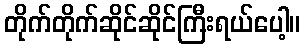
တိုက်တိုက်ဆိုင်ဆိုင်ကြီးရယ်ပေါ့။